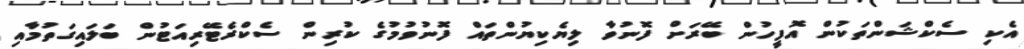
އެކި ސެކްޝަންތަކުން އޮފީހުން ބޭރަށް ފޮނުވާ ލިޔެކިޔުންތައް ފޮނުވުމުގެ ކުރިން ސެކްރެޓޭރިއަޓުން ބަލައިގަތުމާއި